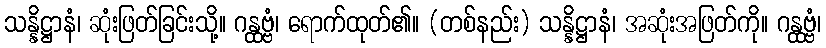
သန္နိဋ္ဌာနံ၊ ဆုံးဖြတ်ခြင်းသို့။ ဂန္ထဗ္ဗံ၊ ရောက်ထုတ်၏။ (တစ်နည်း) သန္နိဋ္ဌာနံ၊ အဆုံးအဖြတ်ကို။ ဂန္ထဗ္ဗံ၊